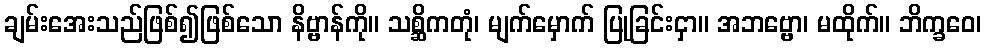
ချမ်းအေးသည်ဖြစ်၍ဖြစ်သော နိဗ္ဗာန်ကို။ သစ္ဆိကတုံ၊ မျက်မှောက် ပြုခြင်းငှာ။ အဘဗ္ဗော၊ မထိုက်။ ဘိက္ခဝေ၊